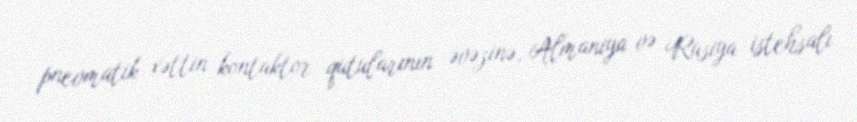
pnevmatik xəttin kontaktor qutularının əvəzinə, Almaniya və Rusiya istehsalı